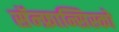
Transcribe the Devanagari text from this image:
सॅन्‍फ्रान्सिस्को